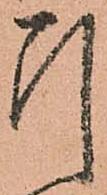
引